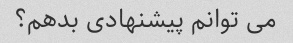
می توانم پیشنهادی بدهم؟